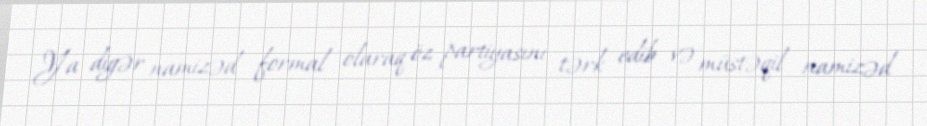
Ya digər namizəd formal olaraq öz partiyasını tərk edib və müstəqil namizəd